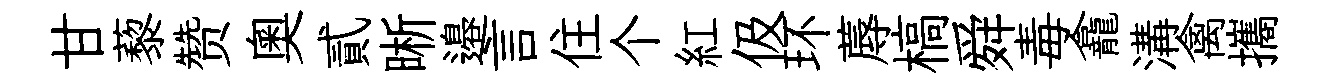
甘藜赞奥貳晰邉言住个紅伋环蓐槁舜毒龕溝禽攜